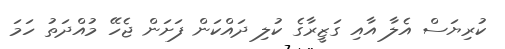
ކުރިޔަސް އެލާ އާއި ގަޒީރާގެ ކުލި ދައްކަން ފަށަން ޖެހޭ މުއްދަތު ހަމަ